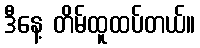
ဒီနေ့ တိမ်ထူထပ်တယ်။